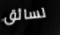
لسائق